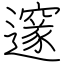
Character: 邃